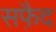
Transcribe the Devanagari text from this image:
सफै़द